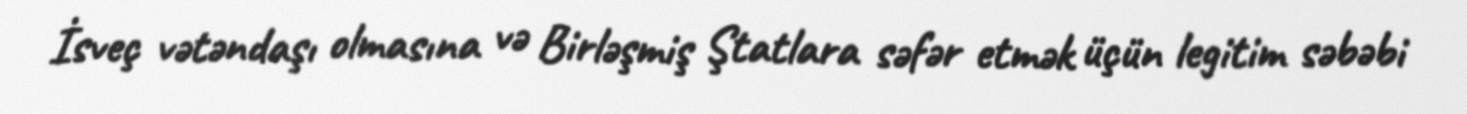
İsveç vətəndaşı olmasına və Birləşmiş Ştatlara səfər etmək üçün legitim səbəbi